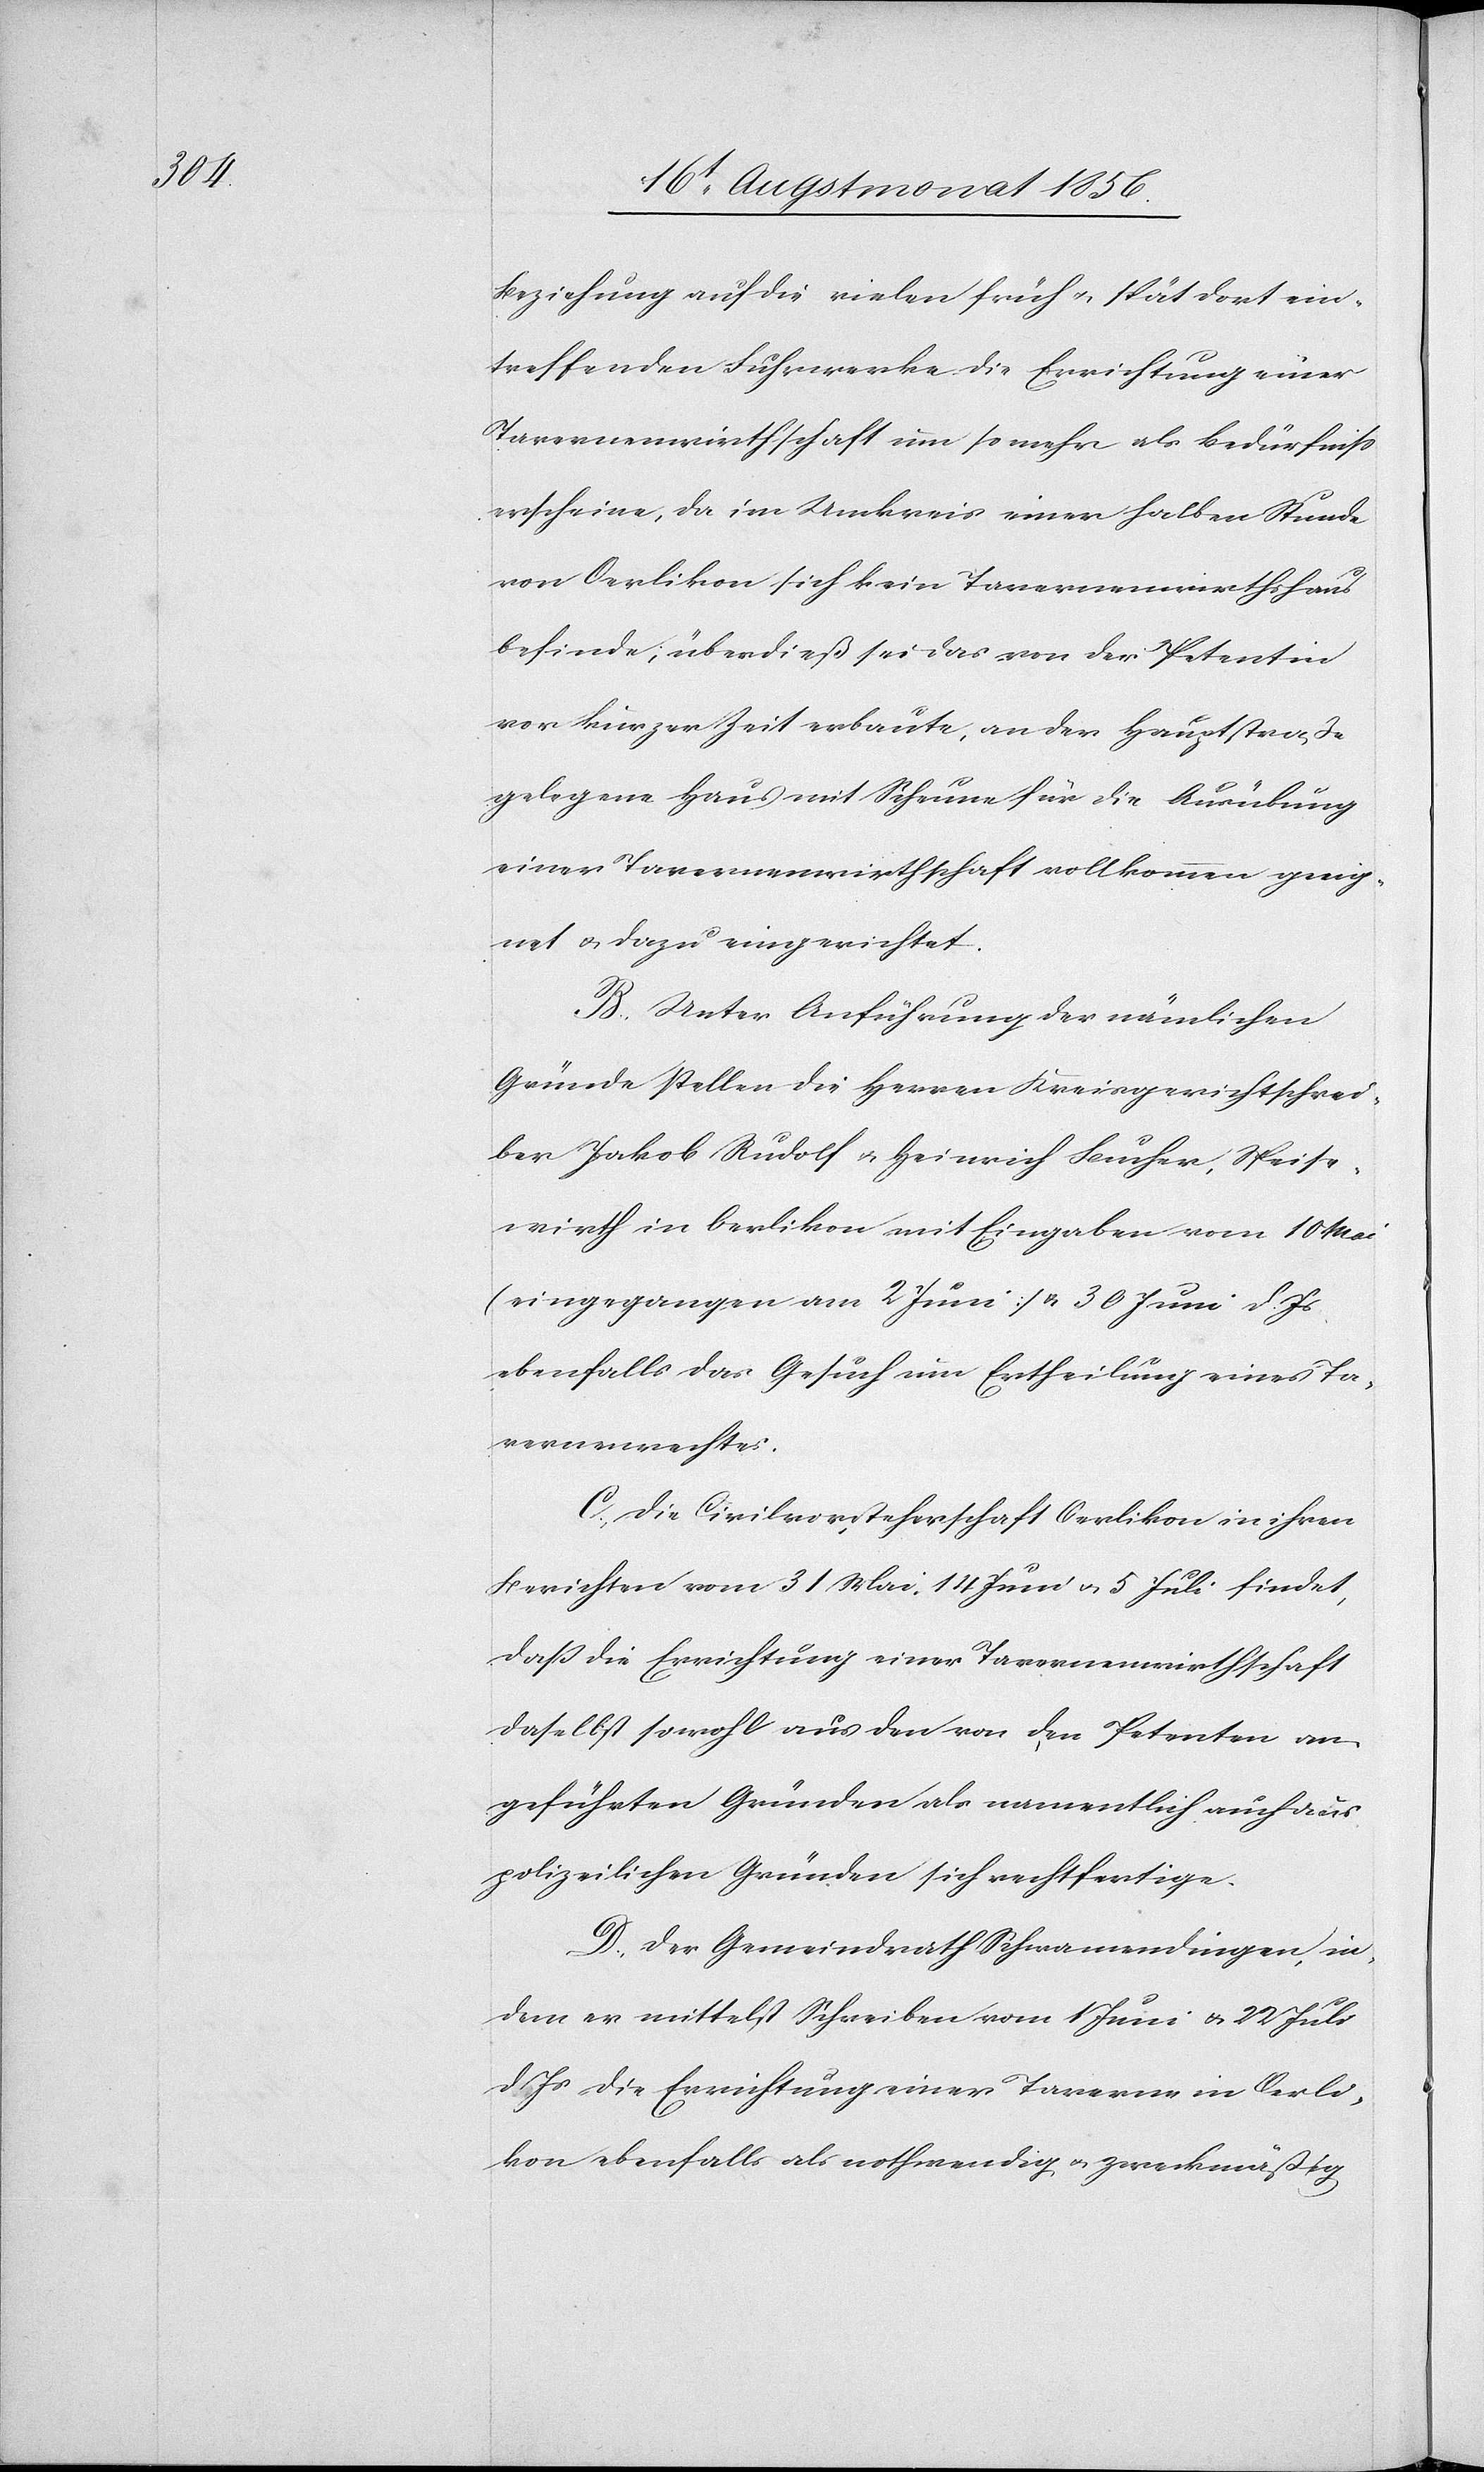
ber

Beziehung auf die vielen früh u. spät dort ein¬
treffenden Fuhrwerke die Errichtung einer
Tavernenwirthschaft um so mehr als Bedürfniss
erscheine, da im Umkreis einer halben Stunde
von Oerlikon sich kein Tavernenwirthshaus
befinde; überdieß sei das von der Petentin
vor kurzer Zeit erbaute, an der Hauptstraße
gelegene Haus mit Scheune für die Ausübung
einer Tavernenwirthschaft vollkommen geeig¬
net u. dazu eingerichtet.
B.) Unter Anführung der nämlichen
Gründe stellen die Herren Kreisgerichtschrei¬
Jakob Rudolf u. Heinrich Bucher, Speise¬
wirth in Oerlikon mit Eingaben vom 10 Mai
(eingegangen am 2 Juni] u. 30 Juni d. Js
ebenfalls das Gesuch um Ertheilung eines Ta¬
vernenrechtes.
C.) Die Civilvorsteherschaft Oerlikon in ihren
Berichten vom 31 Mai, 14 Juni u. 5 Juli findet,
dass die Errichtung einer Tavernenwirthschaft
daselbst sowohl aus den von den Petenten an¬
geführten Gründen als namentlich auch aus
polizeilichen Gründen sich rechtfertige.
D.) Der Gemeindrath Schwamendingen, in¬
dem er mittelst Schreiben vom 1 Juni u. 22 Juli
d Js die Errichtung einer Taverne in Oerli¬
kon ebenfalls als nothwendig u. zweckmäßig